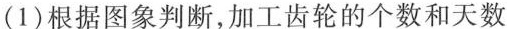
(1)根据图象判断，加工齿轮的个数和天数